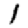
Digit: 1